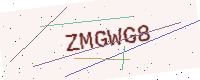
Text: ZMGWG8